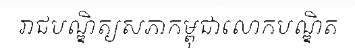
រាជបណ្ឌិត្យសភាកម្ពុជាលោកបណ្ឌិត